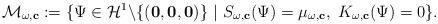
LaTeX: \begin{align*}\mathcal{M}_{\omega,\mathbf{c}}:=\{\Psi \in \mathcal{H}^1\backslash \{(\mathbf{0},\mathbf{0},\mathbf{0})\}\ |\ S_{\omega,\mathbf{c}}(\Psi)=\mu_{\omega,\mathbf{c}},\ K_{\omega,\mathbf{c}}(\Psi)=0\}. \end{align*}